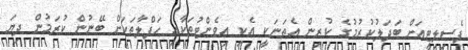
ފެސިލިޓީއަށް ބަދަލުކުރުމުގެ ކުރިން އެތަނަކީ އެކި އިވެންޓުތަކާއި ހަފްލާތަކަށް ބޭނުން ކުރަމުން ދިޔަ